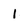
Character: 1